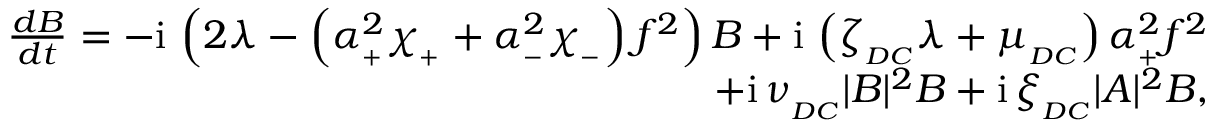
\begin{array} { r } { \frac { d B } { d t } = - \mathrm { i } \, \left( 2 \lambda - \left( \alpha _ { _ + } ^ { 2 } \chi _ { _ + } + \alpha _ { _ - } ^ { 2 } \chi _ { _ - } \right) f ^ { 2 } \right) B + \mathrm { i } \, \left( \zeta _ { _ { D C } } \lambda + \mu _ { _ { D C } } \right) \alpha _ { _ + } ^ { 2 } f ^ { 2 } } \\ { + \mathrm { i } \, \nu _ { _ { D C } } | B | ^ { 2 } B + \mathrm { i } \, \xi _ { _ { D C } } | A | ^ { 2 } B , } \end{array}